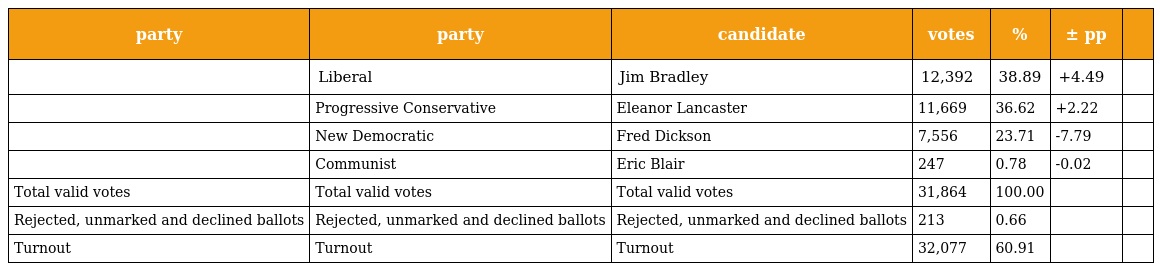
| party | party | candidate | votes | % | ± pp |  |
 | --- | --- | --- | --- | --- | --- | --- |
 |  | Liberal | Jim Bradley | 12,392 | 38.89 | +4.49 |  |
 |  | Progressive Conservative | Eleanor Lancaster | 11,669 | 36.62 | +2.22 |  |
 |  | New Democratic | Fred Dickson | 7,556 | 23.71 | -7.79 |  |
 |  | Communist | Eric Blair | 247 | 0.78 | -0.02 |  |
 | Total valid votes | Total valid votes | Total valid votes | 31,864 | 100.00 |  |  |
 | Rejected, unmarked and declined ballots | Rejected, unmarked and declined ballots | Rejected, unmarked and declined ballots | 213 | 0.66 |  |  |
 | Turnout | Turnout | Turnout | 32,077 | 60.91 |  |  |